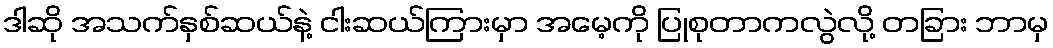
ဒါဆို အသက်နှစ်ဆယ်နဲ့ ငါးဆယ်ကြားမှာ အမေ့ကို ပြုစုတာကလွဲလို့ တခြား ဘာမှ